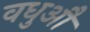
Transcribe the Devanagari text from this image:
वधुऔ